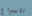
الاسراع